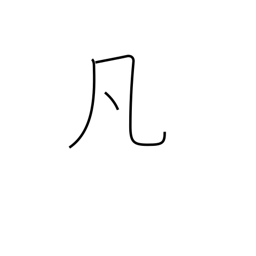
Meaning: ordinary